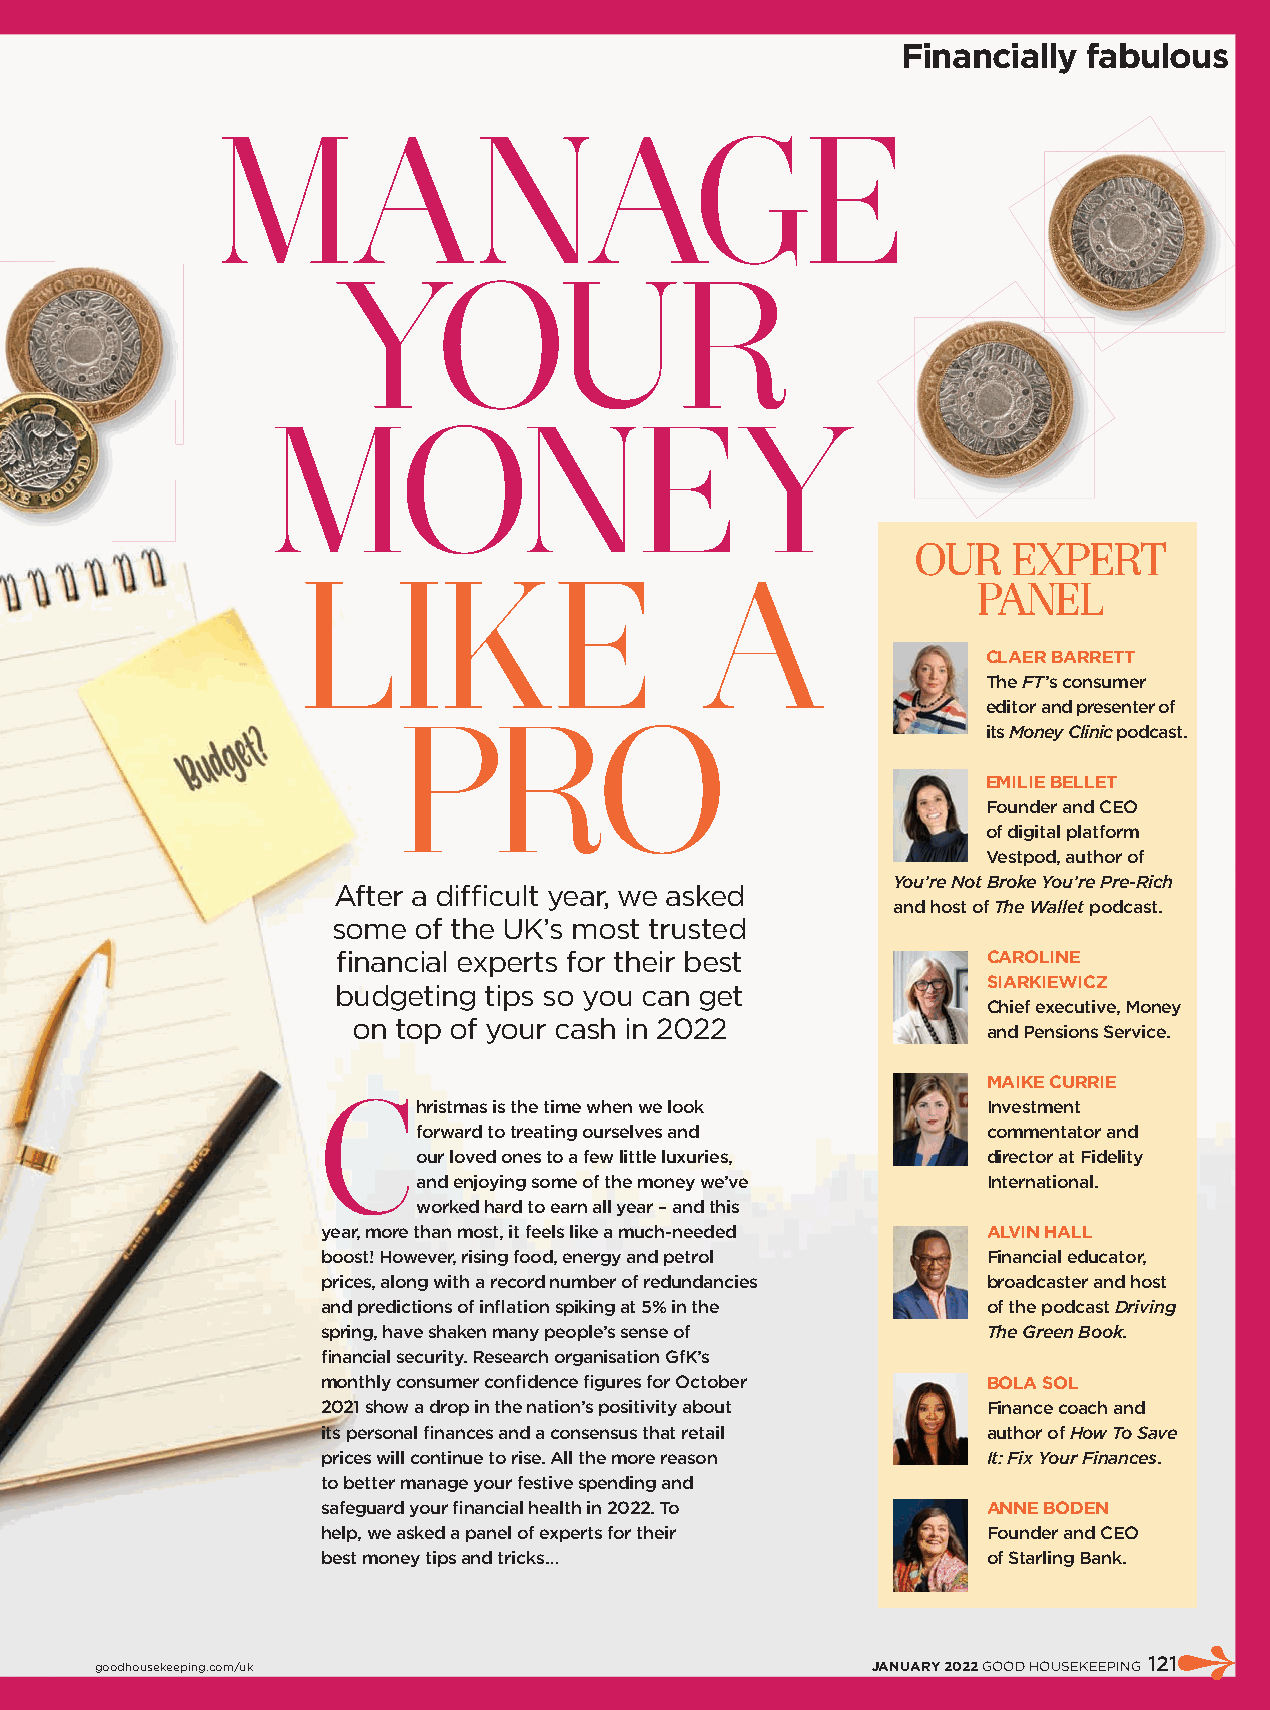
Financially fabulous
 MANAGE
 YOUR
 MONEY
 OUR   EXPERT
 LIKE                      A
 PANEL
 CLAER BARRETT
 The FT’s consumer
 editor and presenter of
 PRO
 its Money Clinic podcast.
 EMILIE BELLET
 Founder and CEO
 of digital platform
 Vestpod, author of
 You’re Not Broke You’re Pre-Rich
 After a diffi cult year, we asked
 and host of The Wallet podcast.
 some of the UK’s most trusted
 fi nancial experts for their best          CAROLINE
 SIARKIEWICZ
 budgeting tips so you can get
 Chief executive, Money
 on top of your cash in 2022
 and Pensions Service.
 MAIKE CURRIE
 C
 hristmas is the time when we look     Investment
 forward to treating ourselves and     commentator and
 our loved ones to a few little luxuries, director at Fidelity
 and enjoying some of the money we’ve  International.
 worked hard to earn all year – and this
 year, more than most, it feels like a much-needed ALVIN HALL
 boost! However, rising food, energy and petrol Financial educator,
 prices, along with a record number of redundancies broadcaster and host
 and predictions of infl ation spiking at 5% in the of the podcast Driving
 spring, have shaken many people’s sense of  The Green Book.
 fi nancial security. Research organisation GfK’s
 monthly consumer confi dence fi gures for October BOLA SOL
 2021 show a drop in the nation’s positivity about Finance coach and
 its personal fi nances and a consensus that retail author of How To Save
 prices will continue to rise. All the more reason It: Fix Your Finances.
 to better manage your festive spending and
 safeguard your fi nancial health in 2022. To ANNE BODEN
 help, we asked a panel of experts for their Founder and CEO
 best money tips and tricks…                 of Starling Bank.
 goodhousekeeping.com/uk                             JANUARY 2022 GOOD HOUSEKEEPING 121
 document7983362481597765227.indd 121                                     11/11/2021 12:24:03 PM